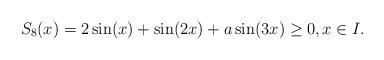
LaTeX: \begin{align*} S_8(x) = 2\sin(x) + \sin(2x)+ a \sin(3x) \geq 0, x\in I . \end{align*}